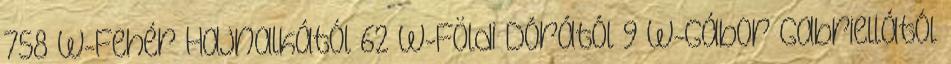
758 W-Fehér Hajnalkától 62 W-Földi Dórától 9 W-Gábor Gabriellától